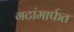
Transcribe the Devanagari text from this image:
गटांमार्फत